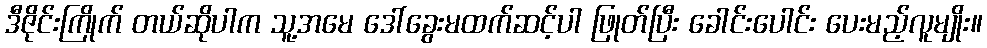
ဒီဇိုင်းကြိုက် တယ်ဆိုပါက သူ့အမေ ဒေါ်ခွေးမထက်ဆင့်ပါ ဖြုတ်ပြီး ခေါင်းပေါင်း ပေးမည့်လူမျိုး။